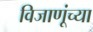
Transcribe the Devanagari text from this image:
विजाणूंच्या